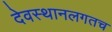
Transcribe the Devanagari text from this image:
देवस्थानलगतच